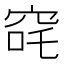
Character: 䆛